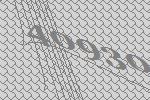
40930